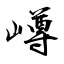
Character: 嶟